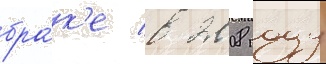
бра́к'е в 2008 году